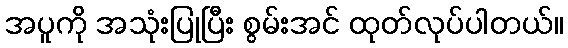
အပူကို အသုံးပြုပြီး စွမ်းအင် ထုတ်လုပ်ပါတယ်။